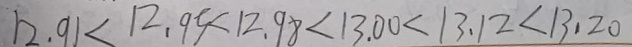
1 2 . 9 1 < 1 2 . 9 5 < 1 2 . 9 8 < 1 3 . 0 0 < 1 3 . 1 2 < 1 3 . 2 0